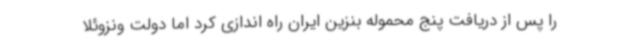
را پس از دریافت پنج محموله بنزین ایران راه اندازی کرد اما دولت ونزوئلا